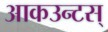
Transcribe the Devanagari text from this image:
आकउन्टस्